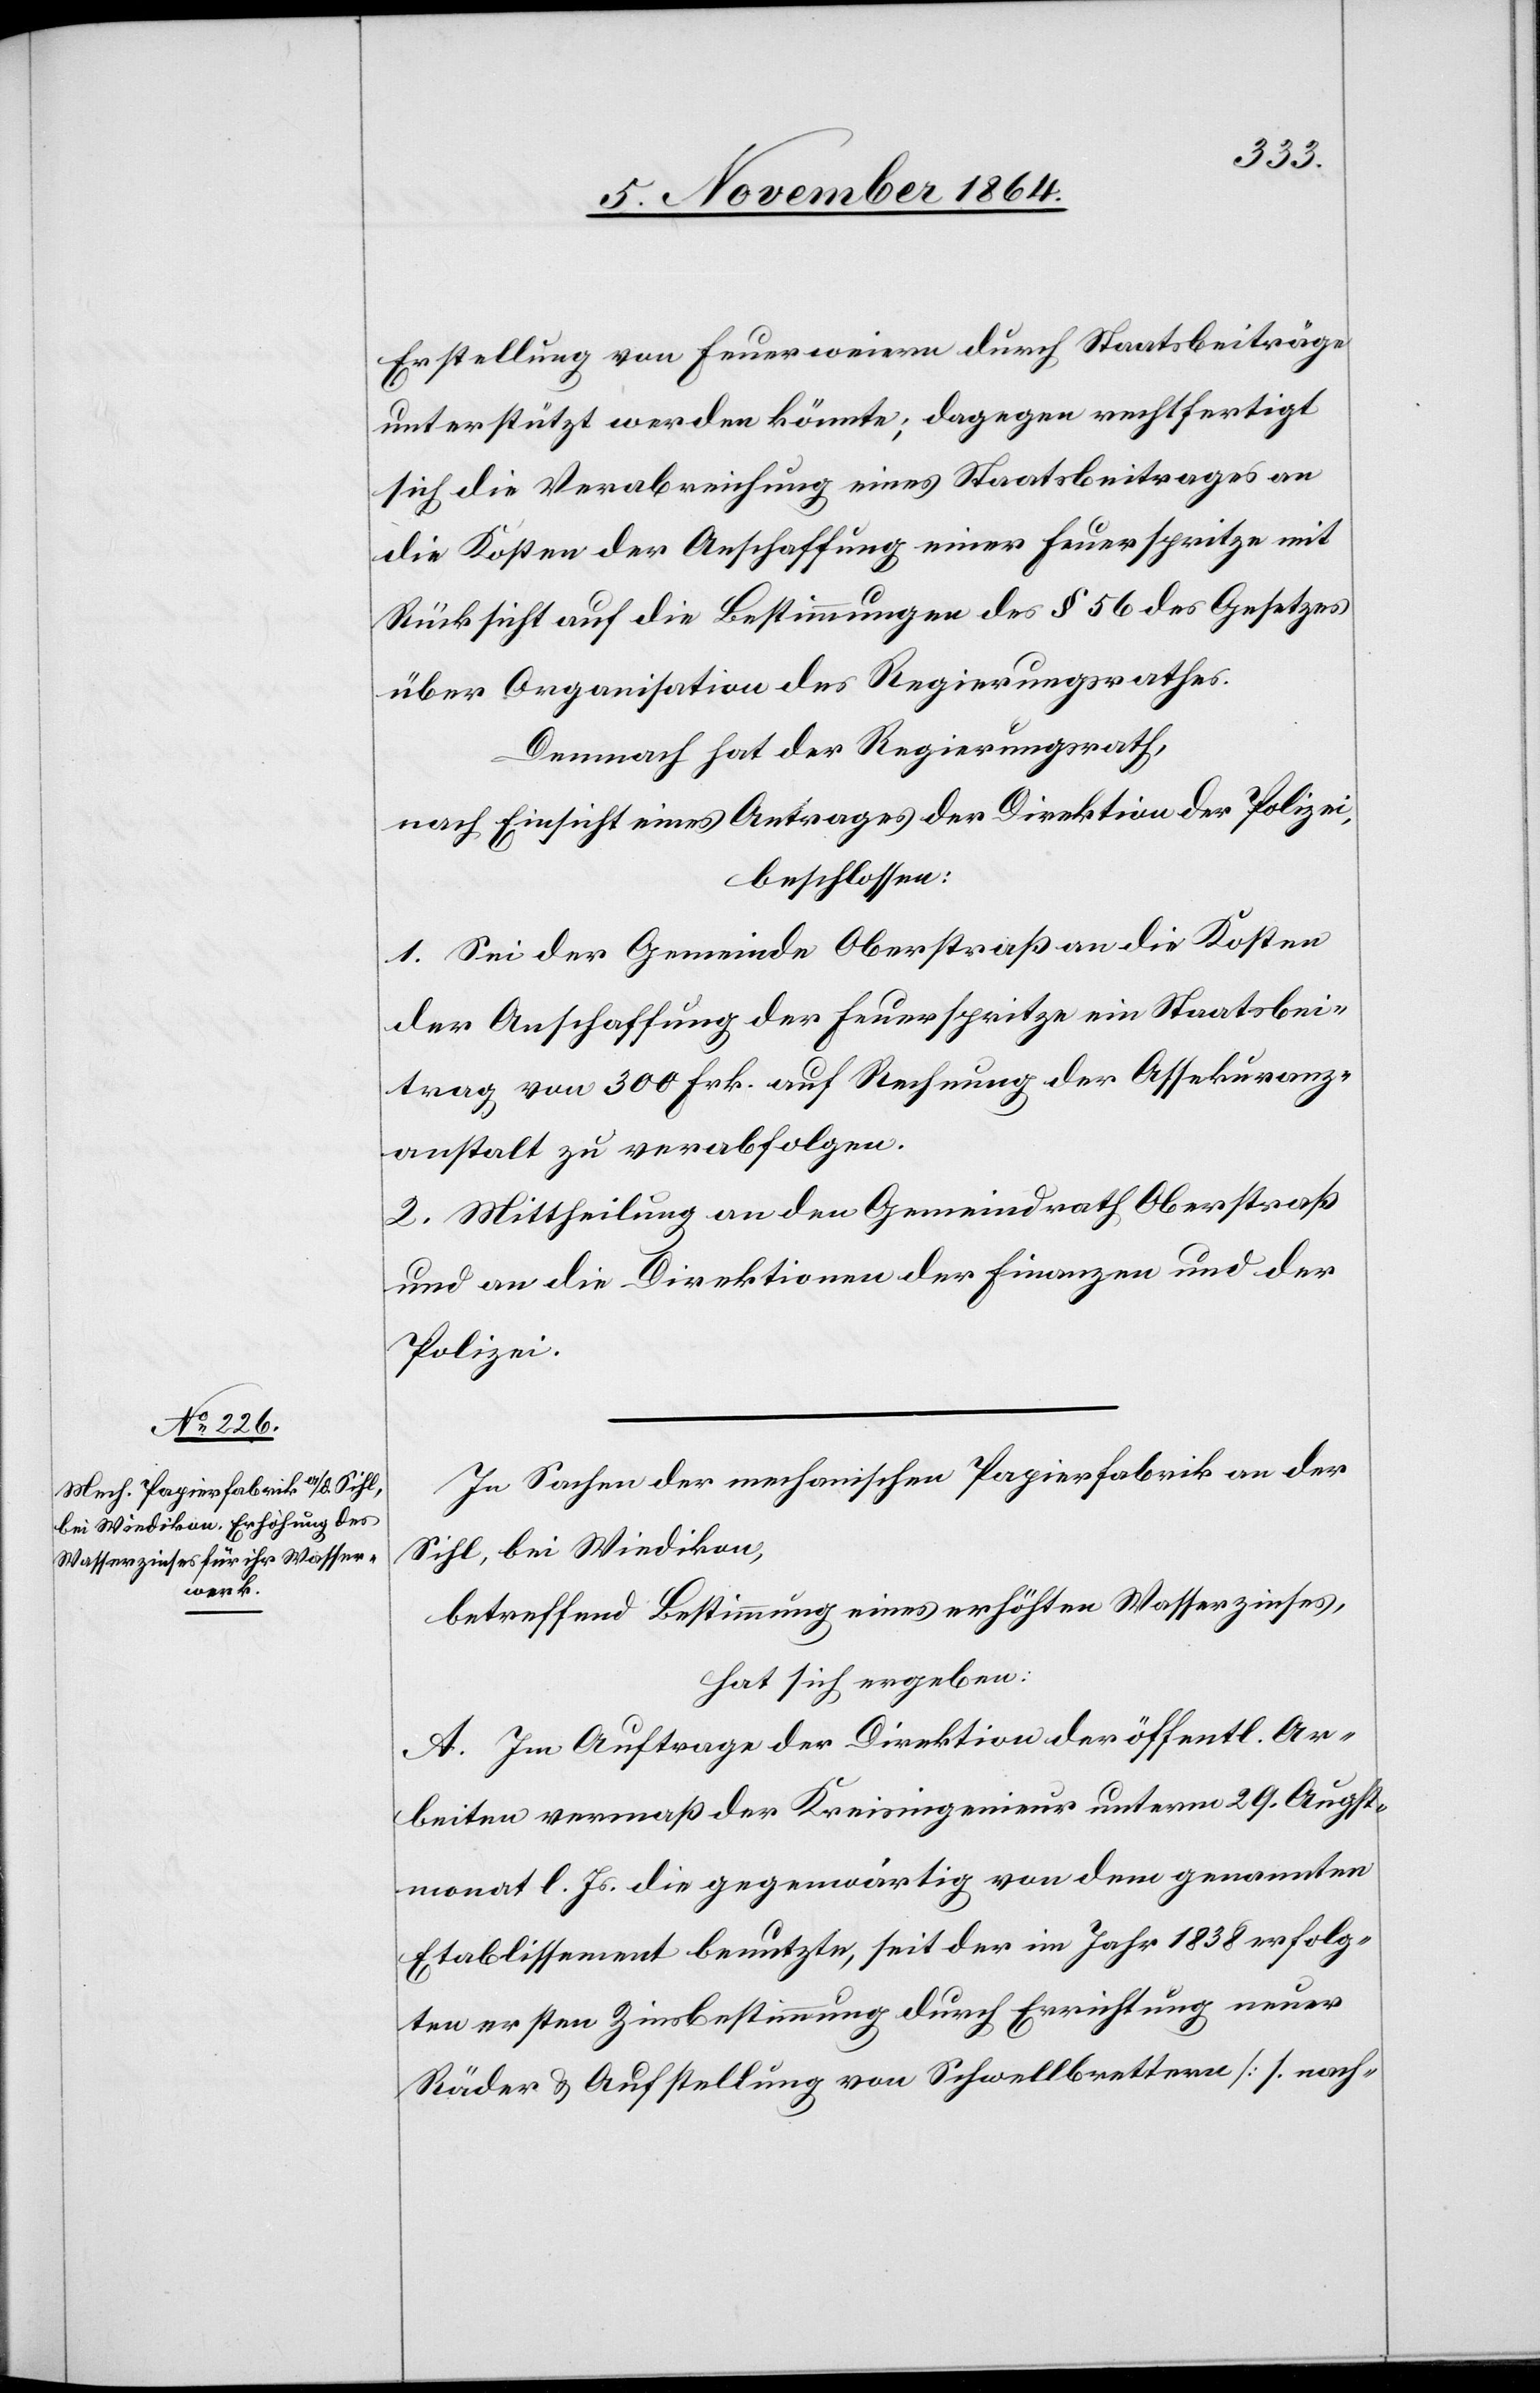
Erstellung von Feuerweiern durch Staatsbeiträge
unterstützt werden könnte; dagegen rechtfertigt
sich die Verabreichung eines Staatsbeitrages an
die Kosten der Anschaffung einer Feuerspritze mit
Rücksicht auf die Bestimmungen des § 56 des Gesetzes
über Organisation des Regierungsrathes.
Demnach hat der Regierungsrath,
nach Einsicht eines Antrages der Direktion der Polizei,
beschlossen:
1. Sei der Gemeinde Oberstraß an die Kosten
der Anschaffung der Feuerspritze ein Staatsbei¬
trag von 300 Frk. auf Rechnung der Assekuranz¬
anstalt zu verabfolgen.
2. Mittheilung an den Gemeindrath Oberstraß
und an die Direktionen der Finanzen und der
Polizei.
In Sachen der mechanischen Papierfabrik an der
Sihl, bei Wiedikon,
betreffend Bestimmung eines erhöhten Wasserzinses,
hat sich ergeben:
A. Im Auftrage der Direktion der öffentl. Ar¬
beiten vermaß der Kreisingenieur unterm 29. Augst¬
monat l. Js. die gegenwärtig von dem genannten
Etablissement benutzte, seit der im Jahr 1838 erfolg¬
ten ersten Zinsbestimmung durch Errichtung neuer
Räder & Aufstellung von Schwellbrettern [s. nach-